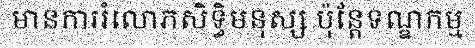
មានការរំលោភសិទ្ធិមនុស្ស ប៉ុន្តែទណ្ឌកម្ម